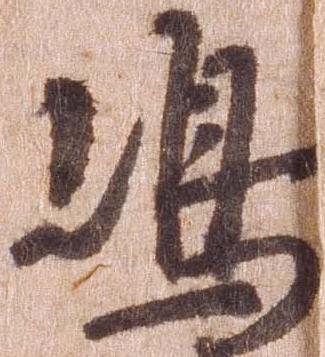
嶋